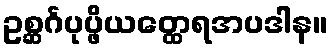
ဥစ္ဆင်္ဂပုပ္ဖိယတ္ထေရအပဒါန။